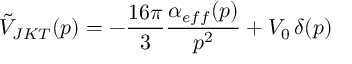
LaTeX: \tilde { V } _ { J K T } ( p ) = - \frac { 1 6 \pi } { 3 } \frac { \alpha _ { e f f } ( p ) } { p ^ { 2 } } + V _ { 0 } \, \delta ( p )